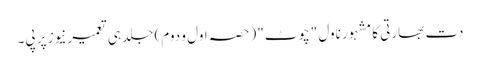
دت بھارتی کا مشہور ناول "چوٹ" (حصہ اول و دوم) جلد ہی تعمیرنیوز پر پی۔